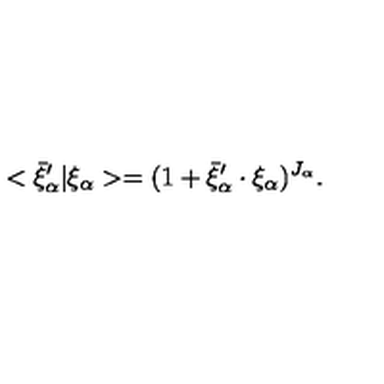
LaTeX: < \bar { \xi } _ { \alpha } ^ { \prime } \vert \xi _ { \alpha } > = ( 1 + \bar { \xi } _ { \alpha } ^ { \prime } \cdot \xi _ { \alpha } ) ^ { J _ { \alpha } } .